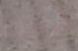
قبلتك